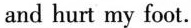
and hurt my foot.